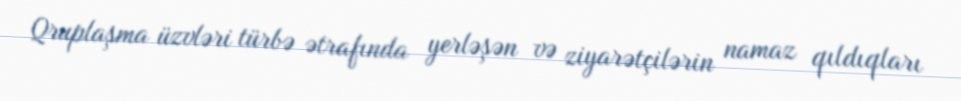
Qruplaşma üzvləri türbə ətrafında yerləşən və ziyarətçilərin namaz qıldıqları